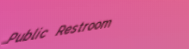
Public Restroom